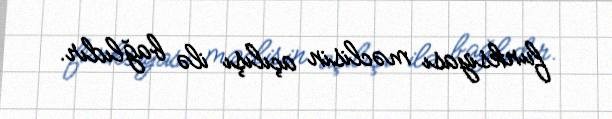
funksiyası məclisin açılışı ilə bağlıdır.